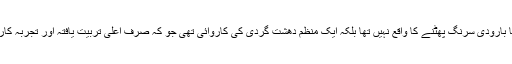
یہ کوئی سادہ فائرنگ یا دھماکے یا بارودی سرنگ پھٹنے کا واقع نہیں تھا بلکہ ایک منظم دھشت گردی کی کاروائی تھی جو کہ صرف اعلی تربیت یافتہ اور تجربہ کار افراد یا گروہ کا کام ھو سکتا ھے۔